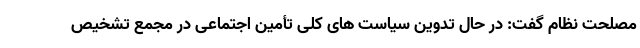
مصلحت نظام گفت: در حال تدوین سیاست های کلی تأمین اجتماعی در مجمع تشخیص